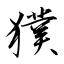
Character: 獛